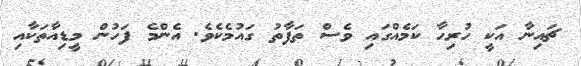
ޗައިނާ އަކީ ހުރިހާ ކަމެއްގައި ވެސް ތަފާތު ގައުމެކެވެ. އެންމެ ފަހުން މީޑިއާތަކާއި